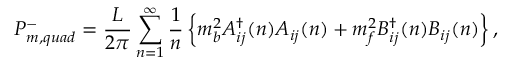
P _ { m , q u a d } ^ { - } = \frac { L } { 2 \pi } \sum _ { n = 1 } ^ { \infty } \frac { 1 } { n } \left\{ m _ { b } ^ { 2 } A _ { i j } ^ { \dag } ( n ) A _ { i j } ( n ) + m _ { f } ^ { 2 } B _ { i j } ^ { \dag } ( n ) B _ { i j } ( n ) \right\} ,